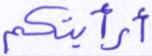
أرأيتكم